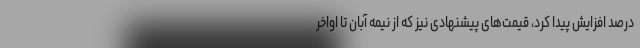
درصد افزایش پیدا کرد، قیمت‌های پیشنهادی نیز که از نیمه آبان تا اواخر